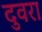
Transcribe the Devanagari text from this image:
दुवरा